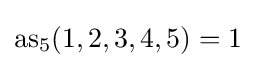
{\rm {as}}_{5}(1,2,3,4,5)=1